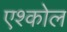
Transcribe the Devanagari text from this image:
एश्कोल